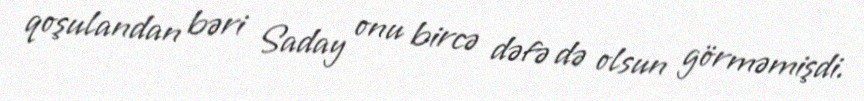
qoşulandan bəri Saday onu bircə dəfə də olsun görməmişdi.